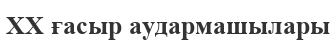
XX ғасыр аудармашылары